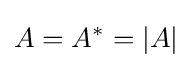
A=A^{*}=|A|